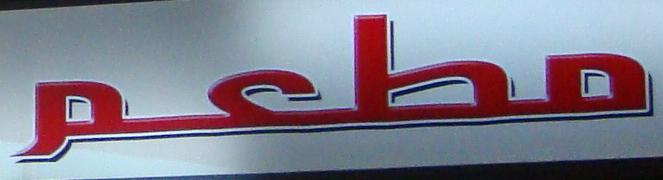
مطعم